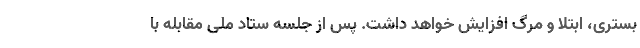
بستری، ابتلا و مرگ افزایش خواهد داشت. پس از جلسه ستاد ملی مقابله با